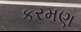
કરમણ